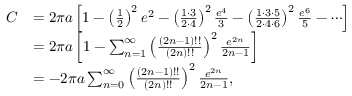
{ \begin{array} { r l } { C } & { = 2 \pi a \left[ { 1 - \left( { \frac { 1 } { 2 } } \right) ^ { 2 } e ^ { 2 } - \left( { \frac { 1 \cdot 3 } { 2 \cdot 4 } } \right) ^ { 2 } { \frac { e ^ { 4 } } { 3 } } - \left( { \frac { 1 \cdot 3 \cdot 5 } { 2 \cdot 4 \cdot 6 } } \right) ^ { 2 } { \frac { e ^ { 6 } } { 5 } } - \cdots } \right] } \\ & { = 2 \pi a \left[ 1 - \sum _ { n = 1 } ^ { \infty } \left( { \frac { ( 2 n - 1 ) ! ! } { ( 2 n ) ! ! } } \right) ^ { 2 } { \frac { e ^ { 2 n } } { 2 n - 1 } } \right] } \\ & { = - 2 \pi a \sum _ { n = 0 } ^ { \infty } \left( { \frac { ( 2 n - 1 ) ! ! } { ( 2 n ) ! ! } } \right) ^ { 2 } { \frac { e ^ { 2 n } } { 2 n - 1 } } , } \end{array} }